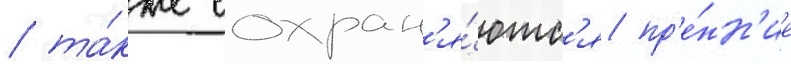
/ та́кже сохран'я́ютс'я пр'е́жн'ие